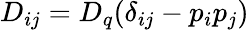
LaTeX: D_{ij}=D_{q}(\delta_{ij}-p_{i}p_{j})